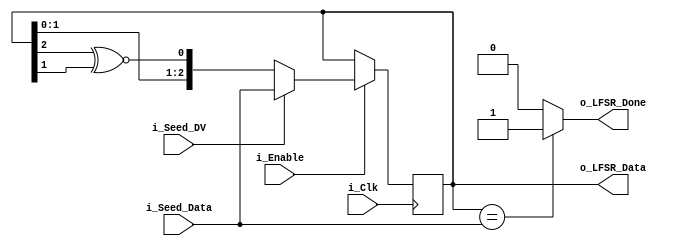
`timescale 1ns / 1ps
//
// Company: 
// Design Name: 
// Module Name: lfsr
// Revision 0.01 - File Created
// Additional Comments:
// 
//


module lfsr #(parameter NUM_BITS = 3)(
   input i_Clk,
   input i_Enable,
 
   // data valid
   input i_Seed_DV,

   // Optional Seed Value
   input [NUM_BITS-1:0] i_Seed_Data,
 
   output [NUM_BITS-1:0] o_LFSR_Data,
   output o_LFSR_Done

    );

  // internal variables
  reg [NUM_BITS:1] r_LFSR = 0;
  reg              r_XNOR;
 
 
  // Purpose: Load up LFSR with Seed if Data Valid (DV) pulse is detected.
  // Othewise just run LFSR when enabled.
    always @(posedge i_Clk)
    begin
      if (i_Enable == 1'b1)
      begin
          if (i_Seed_DV == 1'b1)
            r_LFSR <= i_Seed_Data;
          else
            r_LFSR <= {r_LFSR[NUM_BITS-1:1],r_XNOR}; //left right
      end
    end

// Create Feedback Polynomials.  Based on Application Note:
  // http://www.xilinx.com/support/documentation/application_notes/xapp052.pdf
    always @(*)
    begin
      case (NUM_BITS)
        3: begin
          r_XNOR = r_LFSR[3] ^~ r_LFSR[2];
        end
        4: begin
          r_XNOR = r_LFSR[4] ^~ r_LFSR[3];
        end
        5: begin
          r_XNOR = r_LFSR[5] ^~ r_LFSR[3];
        end
        6: begin
          r_XNOR = r_LFSR[6] ^~ r_LFSR[5];
        end
        7: begin
          r_XNOR = r_LFSR[7] ^~ r_LFSR[6];
        end
        8: begin
          r_XNOR = r_LFSR[8] ^~ r_LFSR[6] ^~ r_LFSR[5] ^~ r_LFSR[4];
        end
        9: begin
          r_XNOR = r_LFSR[9] ^~ r_LFSR[5];
        end
        10: begin
          r_XNOR = r_LFSR[10] ^~ r_LFSR[7];
        end
        11: begin
          r_XNOR = r_LFSR[11] ^~ r_LFSR[9];
        end
        12: begin
          r_XNOR = r_LFSR[12] ^~ r_LFSR[6] ^~ r_LFSR[4] ^~ r_LFSR[1];
        end
        13: begin
          r_XNOR = r_LFSR[13] ^~ r_LFSR[4] ^~ r_LFSR[3] ^~ r_LFSR[1];
        end
        14: begin
          r_XNOR = r_LFSR[14] ^~ r_LFSR[5] ^~ r_LFSR[3] ^~ r_LFSR[1];
        end
        15: begin
          r_XNOR = r_LFSR[15] ^~ r_LFSR[14];
        end
        16: begin
          r_XNOR = r_LFSR[16] ^~ r_LFSR[15] ^~ r_LFSR[13] ^~ r_LFSR[4];
          end
        17: begin
          r_XNOR = r_LFSR[17] ^~ r_LFSR[14];
        end
        18: begin
          r_XNOR = r_LFSR[18] ^~ r_LFSR[11];
        end
        19: begin
          r_XNOR = r_LFSR[19] ^~ r_LFSR[6] ^~ r_LFSR[2] ^~ r_LFSR[1];
        end
        20: begin
          r_XNOR = r_LFSR[20] ^~ r_LFSR[17];
        end
        21: begin
          r_XNOR = r_LFSR[21] ^~ r_LFSR[19];
        end
        22: begin
          r_XNOR = r_LFSR[22] ^~ r_LFSR[21];
        end
        23: begin
          r_XNOR = r_LFSR[23] ^~ r_LFSR[18];
        end
        24: begin
          r_XNOR = r_LFSR[24] ^~ r_LFSR[23] ^~ r_LFSR[22] ^~ r_LFSR[17];
        end
        25: begin
          r_XNOR = r_LFSR[25] ^~ r_LFSR[22];
        end
        26: begin
          r_XNOR = r_LFSR[26] ^~ r_LFSR[6] ^~ r_LFSR[2] ^~ r_LFSR[1];
        end
        27: begin
          r_XNOR = r_LFSR[27] ^~ r_LFSR[5] ^~ r_LFSR[2] ^~ r_LFSR[1];
        end
        28: begin
          r_XNOR = r_LFSR[28] ^~ r_LFSR[25];
        end
        29: begin
          r_XNOR = r_LFSR[29] ^~ r_LFSR[27];
        end
        30: begin
          r_XNOR = r_LFSR[30] ^~ r_LFSR[6] ^~ r_LFSR[4] ^~ r_LFSR[1];
        end
        31: begin
          r_XNOR = r_LFSR[31] ^~ r_LFSR[28];
        end
        32: begin
          r_XNOR = r_LFSR[32] ^~ r_LFSR[22] ^~ r_LFSR[2] ^~ r_LFSR[1];
        end
 
      endcase // case (NUM_BITS)
    end // always @ (*)

    assign o_LFSR_Data = r_LFSR[NUM_BITS:1];
 
 	// Conditional Assignment (?)
 	assign o_LFSR_Done = (r_LFSR[NUM_BITS:1] == i_Seed_Data) ? 1'b1 : 1'b0;


endmodule